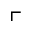
\ulcorner